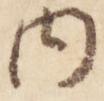
内